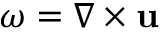
\boldsymbol { \omega } = \nabla \times \mathbf { u }